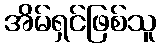
အိမ်ရှင်ဖြစ်သူ